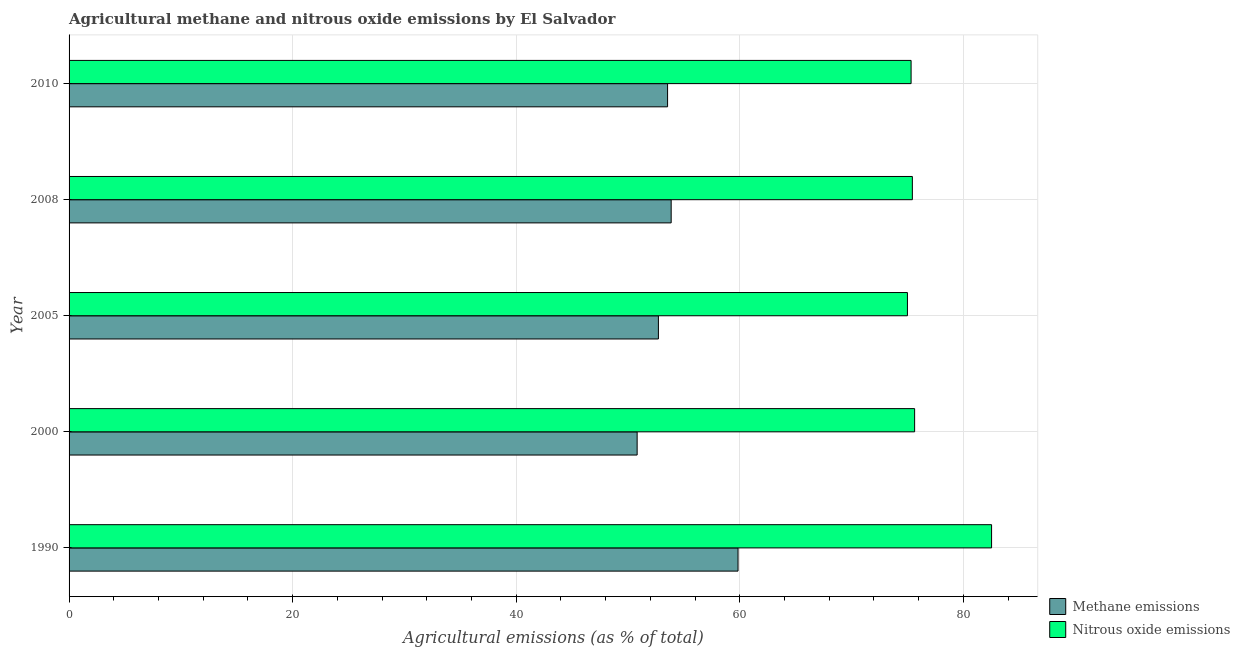
| Year | Methane emissions | Nitrous oxide emissions |
 | --- | --- | --- |
 | 1990 | 59.8 | 82.5 |
 | 2000 | 50.8 | 75.6 |
 | 2005 | 52.7 | 75 |
 | 2008 | 53.9 | 75.4 |
 | 2010 | 53.5 | 75.3 |